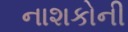
નાશકોની